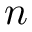
n